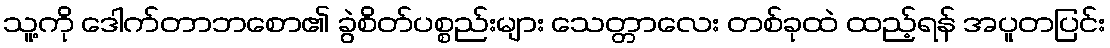
သူ့ကို ဒေါက်တာဘစော၏ ခွဲစိတ်ပစ္စည်းများ သေတ္တာလေး တစ်ခုထဲ ထည့်ရန် အပူတပြင်း